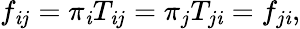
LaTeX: f_{\mathit{i}j}=\pi_{\mathit{i}}T_{\mathit{i}j}=\pi_{j}T_{j\mathit{i}}=f_{j\mathit{i}},